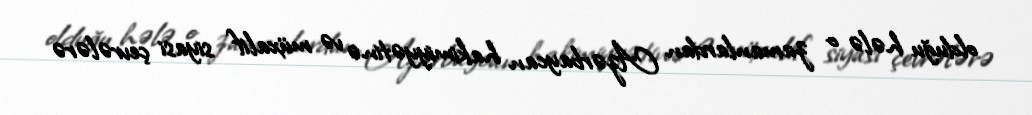
olduğu hələ o zamanlardan Azərbaycan hakimiyyətinə və müxalif siyasi çevrələrə